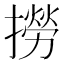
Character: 撈